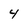
Character: 4